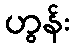
ဟွန်း